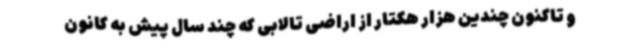
و تاکنون چندین هزار هکتار از اراضی تالابی که چند سال پیش به کانون